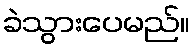
ခဲသွားပေမည်။